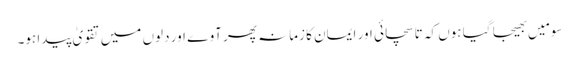
سو مَیں بھیجا گیا ہوں کہ تا سچائی اور ایمان کا زمانہ پھر آوے اور دلوں میں تقویٰ پیدا ہو۔